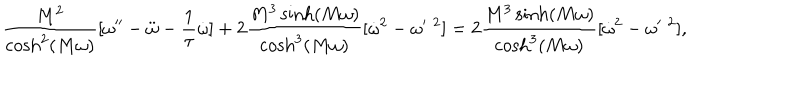
\frac { M ^ { 2 } } { \cosh ^ { 2 } ( M \omega ) } [ \omega ^ { \prime \prime } - \ddot { \omega } - \frac 1 \tau \dot { \omega } ] + 2 \frac { M ^ { 3 } \sinh ( M \omega ) } { \cosh ^ { 3 } ( M \omega ) } [ \dot { \omega } ^ { 2 } - \omega ^ { \prime } { } ^ { \; 2 } ] = 2 \frac { M ^ { 3 } \sinh ( M \omega ) } { \cosh ^ { 3 } ( M \omega ) } [ \dot { \omega } ^ { 2 } - \omega ^ { \prime } { } ^ { \; 2 } ] ,